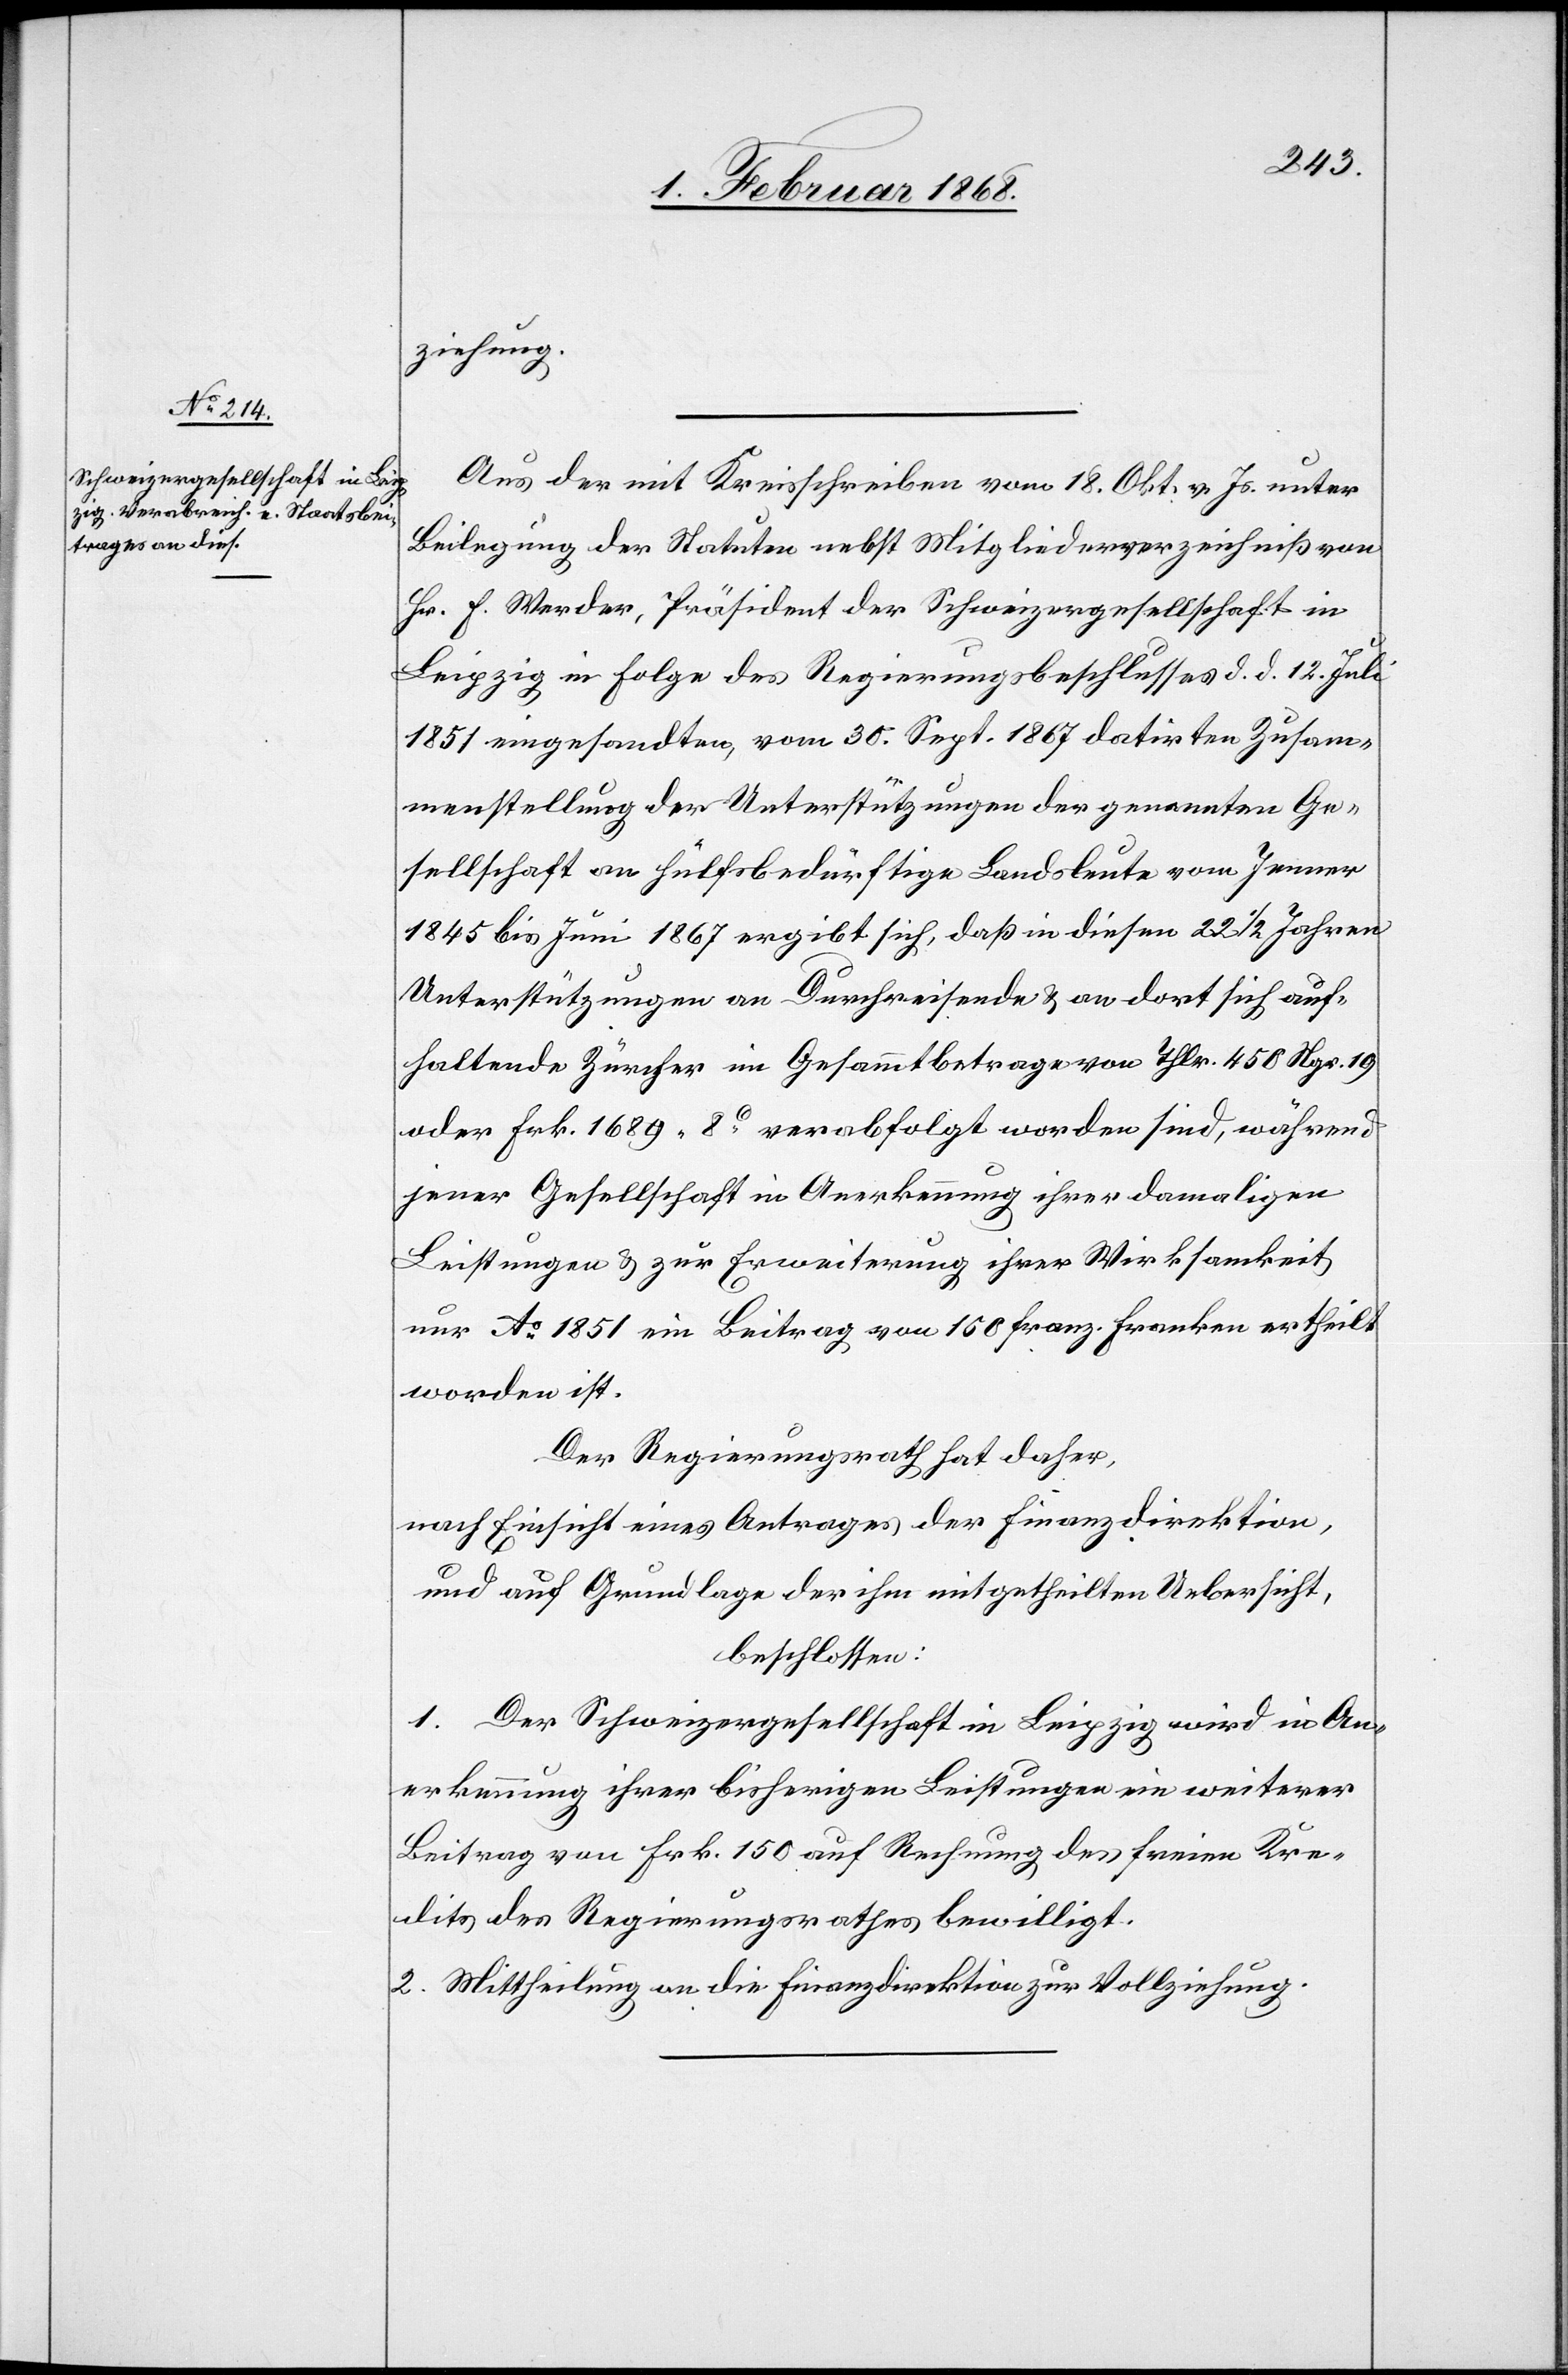
ziehung.
Aus der mit Kreisschreiben vom 18. Okt. v. Js. unter
Beilegung der Statuten nebst Mitgliederverzeichniß von
Hr. F. Werder, Präsident der Schweizergesellschaft in
Leipzig in Folge des Regierungsbeschlusses d. d. 12. Juli
1851 eingesandten, vom 30. Sept. 1867 datirten Zusam¬
menstellung der Unterstützungen der genannten Ge¬
sellschaft an hülfsbedürftige Landsleute vom Jenner
1845 bis Juni 1867 ergibt sich, daß in diesen 22 1/2 Jahren
Unterstützungen an Durchreisende & an dort sich auf¬
haltende Zürcher im Gesammtbetrage von Thlr. 450 Ngr. 19
oder Frk. 1689. 8C. verabfolgt worden sind, während
jener Gesellschaft in Anerkennung ihrer damaligen
Leistungen & zur Erweiterung ihrer Wirksamkeit
nur Ao. 1851 ein Beitrag von 150 franz. Franken ertheilt
worden ist.
Der Regierungsrath hat daher,
nach Einsicht eines Antrages der Finanzdirektion,
und auf Grundlage der ihm mitgetheilten Uebersicht,
beschlossen:
1. Der Schweizergesellschaft in Leipzig wird in An¬
erkennung ihrer bisherigen Leistungen ein weiterer
Beitrag von Frk. 150 auf Rechnung des freien Kre¬
dits des Regierungsrathes bewilligt.
2. Mittheilung an die Finanzdirektion zur Vollziehung.